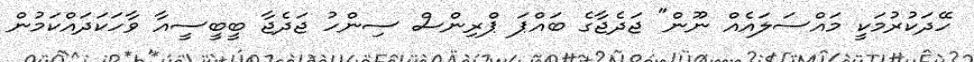
ހޭދަކުރުމަކީ މައްސަލައެއް ނޫން" ޖަދެޖާގެ ބައްޕަ ޕްރިންސް ސިންހު ޖަދެޖާ ބީބީސީއާ ވާހަކަދައްކަމުން